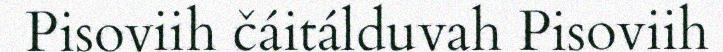
Pisoviih čáitálduvah Pisoviih